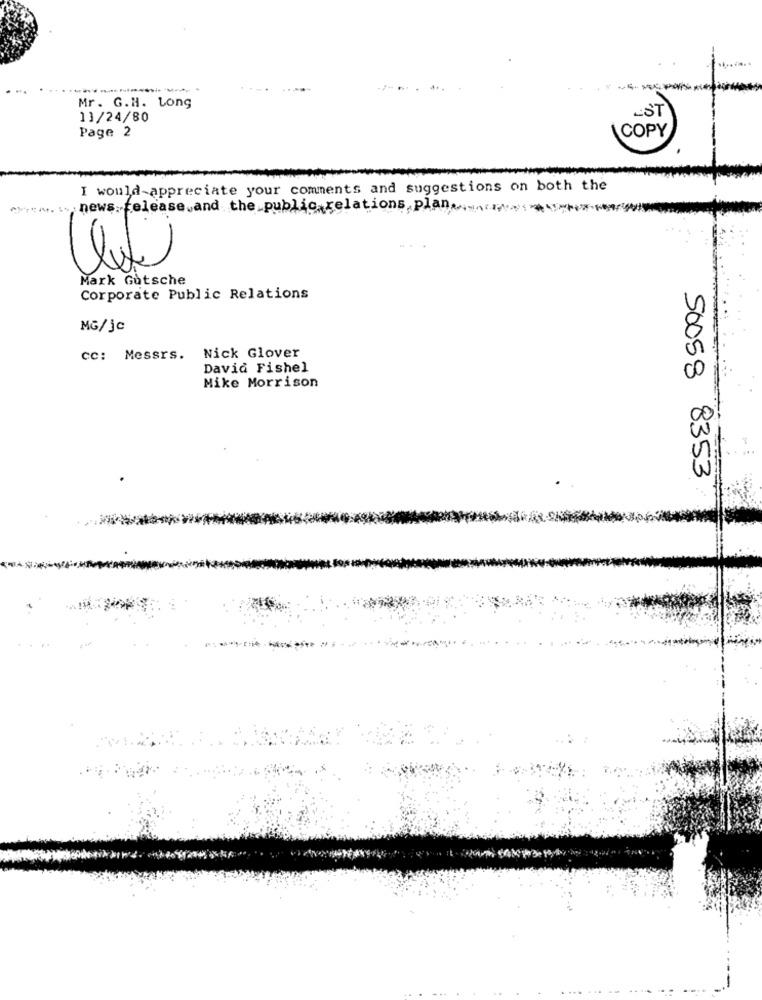
----
Mr. G.H. Long
13/24/80
EST
COPY
Page 2
I would appreciate your comments and suggestions on both the
This news release and the public relations plan
Mark Gutsche
Corporate Public Relations
MG/jc
cc: Messrs. Nick Glover
David Fishel
Mike Morrison
50058 8353